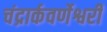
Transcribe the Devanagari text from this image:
चंद्रार्कवर्णेश्वरी